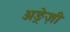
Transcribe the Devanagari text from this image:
अङ्रेज़ी